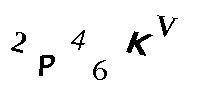
2P46KV